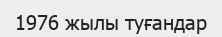
1976 жылы туғандар